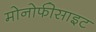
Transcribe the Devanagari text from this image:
मोनोफीसाइट